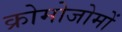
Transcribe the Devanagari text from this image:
क्रोमोजोमों